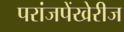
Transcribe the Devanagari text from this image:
परांजपेंखेरीज